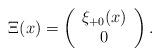
LaTeX: \begin{align*}\Xi(x) = \left( \begin{array}{c}\xi_{+0}(x) \\0 \end{array} \right).\end{align*}